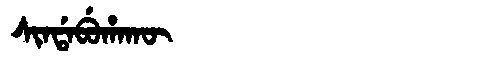
Manchu: ᠰᡳᠨᡩᠠᠪᡠᡥᠠᡴᡡ
Romanization: SINDABUHAKŪ